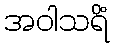
အဝါသရိံ